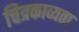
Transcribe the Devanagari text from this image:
चित्रकाव्यता